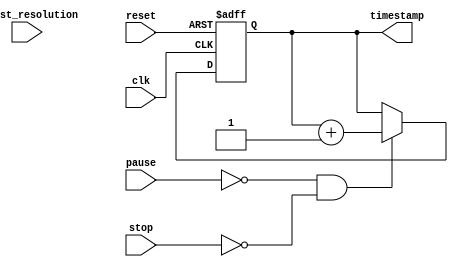
module timestamp_timer(
    input wire clk,
    input wire reset,
    input wire pause,
    input wire stop,
    input wire adjust_resolution,
    output reg [31:0] timestamp
);

reg [31:0] counter;
reg [31:0] resolution;

always @(posedge clk or posedge reset) begin
    if(reset) begin
        counter <= 32'd0;
        timestamp <= 32'd0;
    end else begin
        if(!pause && !stop) begin
            counter <= counter + resolution;
            timestamp <= timestamp + 32'd1;
        end
    end
end

always @(posedge clk) begin
    if(adjust_resolution) begin
        resolution <= resolution + 32'd1;
    end
end

endmodule